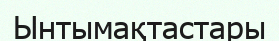
Ынтымақтастары